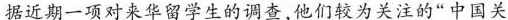
据近期一项对来华留学生的调查，他们较为关注的”中国关